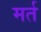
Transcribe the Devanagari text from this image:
मर्त